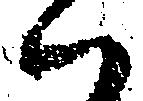
ハ